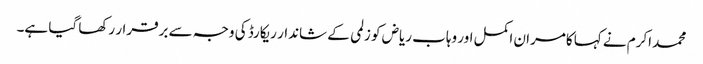
محمد اکرم نے کہا کامران اکمل اور وہاب ریاض کو زلمی کے شاندار ریکارڈ کی وجہ سے برقرار رکھا گیا ہے۔